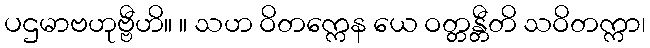
ပဌမာဗဟုဗ္ဗီဟိ။ ။ သဟ ဝိတက္ကေန ယေ ဝတ္တန္တီတိ သဝိတက္ကာ၊